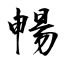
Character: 暢